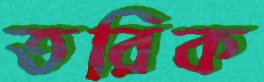
তরিক